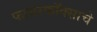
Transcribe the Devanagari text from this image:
फायरफॉक्साचे